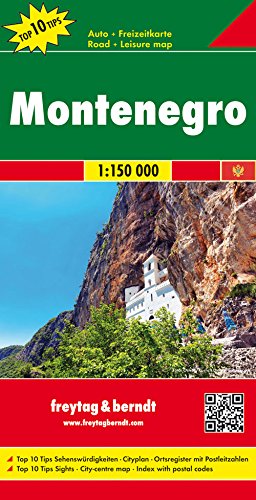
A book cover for Montenegro (English, Spanish, French and German Edition); Freytag-Berndt und Artaria; Travel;